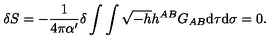
\delta S = - \frac { 1 } { 4 \pi { \alpha } ^ { \prime } } \delta \int \int \sqrt { - h } h ^ { A B } G _ { A B } \mathrm { d } \tau \mathrm { d } \sigma = 0 .